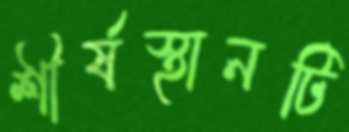
শীর্ষস্থানটি